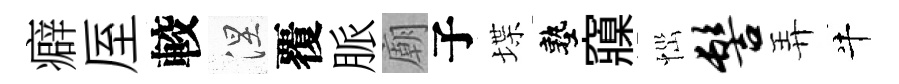
癖厔較涅覆脈廟子堞塾䆿𢙉髻弄牛